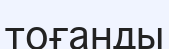
тоғанды